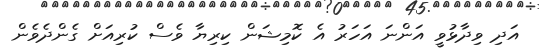
އަދި ވިދާޅުވީ އަންނަ އަހަރު އެ ކޮމިޝަން ކިރިޔާ ވެސް ކުރިއަށް ގެންދެވެން